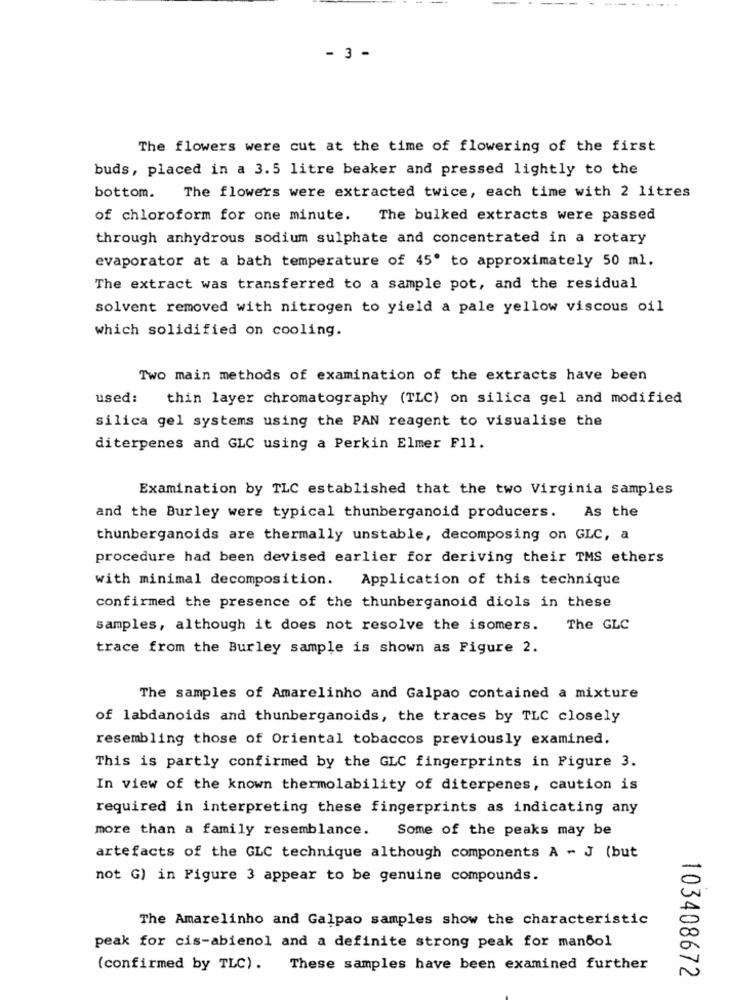
- 3 -
The flowers were cut at the time of flowering of the first
buds, placed in a 3.5 litre beaker and pressed lightly to the
bottom. The flowers were extracted twice, each time with 2 litres
of chloroform for one minute.
The bulked extracts were passed
through anhydrous sodium sulphate and concentrated in a rotary
evaporator at a bath temperature of 45º to approximately 50 ml.
The extract was transferred to a sample pot, and the residual
solvent removed with nitrogen to yield a pale yellow viscous oil
which solidified on cooling.
Two main methods of examination of the extracts have been
used:
thin layer chromatography (TLC) on silica gel and modified
silica gel systems using the PAN reagent to visualise the
diterpenes and GLC using a Perkin Elmer Fl1.
Examination by TLC established that the two Virginia samples
As the
and the Burley were typical thunberganoid producers.
thunberganoids are thermally unstable, decomposing on GLC, a
procedure had been devised earlier for deriving their TMS ethers
Application of this technique
with minimal decomposition.
confirmed the presence of the thunberganoid diols in these
samples, although it does not resolve the isomers.
The GLC
trace from the Burley sample is shown as Figure 2.
The samples of Amarelinho and Galpao contained a mixture
of labdanoids and thunberganoids, the traces by TLC closely
resembling those of Oriental tobaccos previously examined.
This is partly confirmed by the GLC fingerprints in Figure 3.
In view of the known thermolability of diterpenes, caution is
required in interpreting these fingerprints as indicating any
more than a family resemblance. Some of the peaks may be
artefacts of the GLC technique although components A - J (but
not G) in Figure 3 appear to be genuine compounds.
The Amarelinho and Galpao samples show the characteristic
peak for cis-abienol and a definite strong peak for mandol
(confirmed by TLC) .
These samples have been examined further
103408672